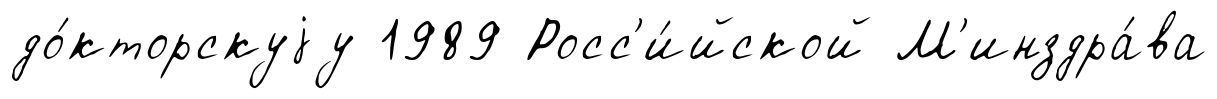
до́кторскуjу 1989 Росс'и́йской М'инздра́ва